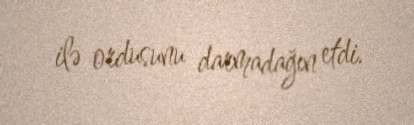
ilə ordusunu darmadağın etdi.